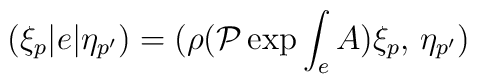
(\xi_p|e|\eta_{p'}) = (\rho({\cal P}\exp{\int_e A})\xi_p,\,\eta_{p'})